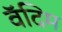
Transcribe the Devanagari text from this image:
वॅदिम